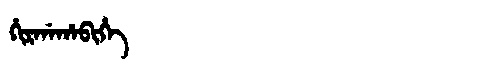
Manchu: ᡥᡳᡵᡤᠠᡥᠠᠪᡳᡥᡝ
Romanization: HIRGAHABIHE